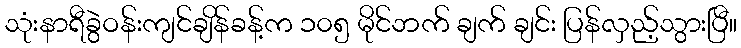
သုံးနာရီခွဲဝန်းကျင်ချိန်ခန့်က ၁၀၅ မိုင်ဘက် ချက် ချင်း ပြန်လှည့်သွားပြီ။